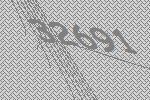
32691